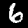
Label: 6